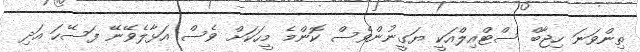
ތިންވަނަ ހިޖާބް ސްޓްއިލްއަކީ ޔަގީނުންވެސް ކޮންމެ މީހަކަށް ވެސް އަޅާލެވޭނޭ ފަސޭހަ އަދި